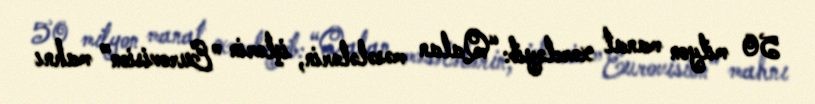
50 milyon manat xərcləyib: “Qalan məsələlərin, işlərin ”Eurovision" mahnı